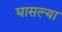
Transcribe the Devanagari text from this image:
घासल्या